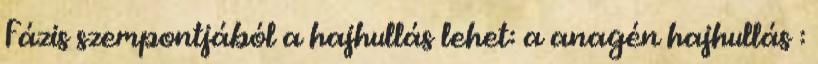
Fázis szempontjából a hajhullás lehet: a anagén hajhullás :